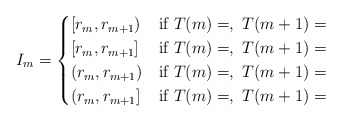
\begin{align*}I_m=\begin{cases} [r_m,r_{m+1}) &\hbox{if } T(m)=,\ T(m+1)=\\ [r_m,r_{m+1}] &\hbox{if } T(m)=,\ T(m+1)=\\ (r_m,r_{m+1}) &\hbox{if } T(m)=,\ T(m+1)=\\ (r_m,r_{m+1}] &\hbox{if } T(m)=,\ T(m+1)=\\\end{cases}\end{align*}